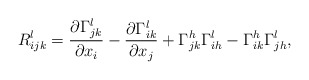
\begin{align*} R^{l}_{ijk} = \frac{\partial \Gamma^{l}_{jk}}{\partial x_i} - \frac{\partial \Gamma^{l}_{ik}}{\partial x_j} + \Gamma^{h}_{jk} \Gamma^{l}_{ih} - \Gamma^{h}_{ik} \Gamma^{l}_{jh},\end{align*}